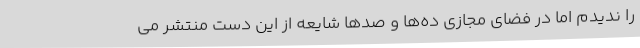
را ندیدم اما در فضای مجازی ده‌ها و صدها شایعه از این دست منتشر می